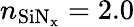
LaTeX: n_{\mathrm{SiN_{x}}}=2.0